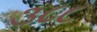
૩૮૮